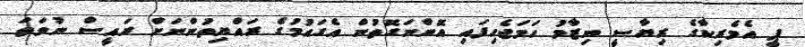
ޕީ އެމެރިކާގެ ރިޔާސީ ނިޒާމު ހަމަޖެހިފައި އޮންނަގޮތުން އެގައުމުގެ ރައްޔިތުންނަށް ރައީސް ނުވަތަ